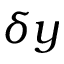
\delta y